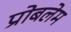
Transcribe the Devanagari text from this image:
प्रोबलेम